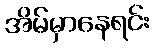
အိမ်မှာနေရင်း